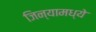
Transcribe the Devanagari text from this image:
जिन्यामध्ये